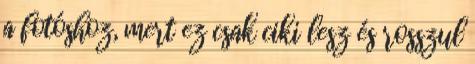
a fotóshoz, mert ez csak ciki lesz és rosszul